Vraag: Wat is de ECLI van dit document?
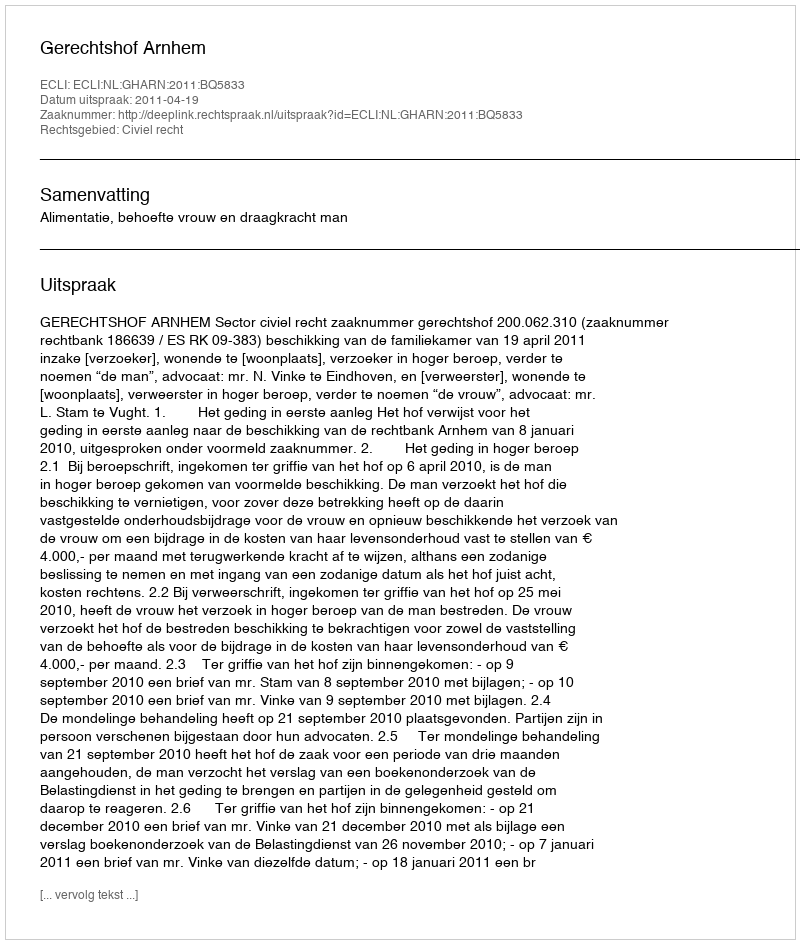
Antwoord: ECLI:NL:GHARN:2011:BQ5833